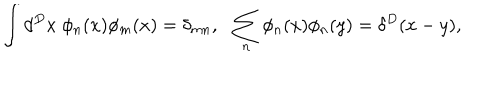
\int d ^ { D } x \; \phi _ { n } ( x ) \phi _ { m } ( x ) = \delta _ { m n } , \: \: \: \sum _ { n } \phi _ { n } ( x ) \phi _ { n } ( y ) = \delta ^ { D } ( x - y ) ,